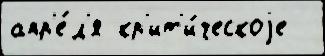
апр'е́л'я кр'ит'и́ческоjе